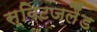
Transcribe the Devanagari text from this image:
स्विटजलैंड